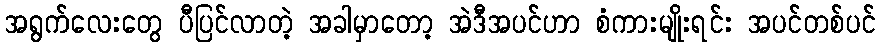
အရွက်လေးတွေ ပီပြင်လာတဲ့ အခါမှာတော့ အဲဒီအပင်ဟာ စံကားမျိုးရင်း အပင်တစ်ပင်